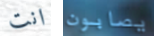
انت يصابون